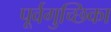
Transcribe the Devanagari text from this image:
पूर्वगुच्छिका